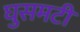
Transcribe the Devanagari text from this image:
घुसमटी